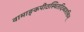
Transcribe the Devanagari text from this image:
वामाङ्कपीठस्थितदिव्यशक्तिम्